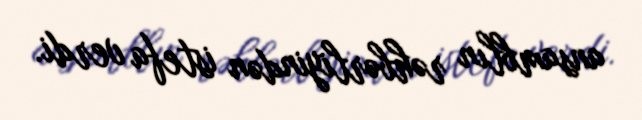
ansamblın rəhbərliyindən istefa verdi.